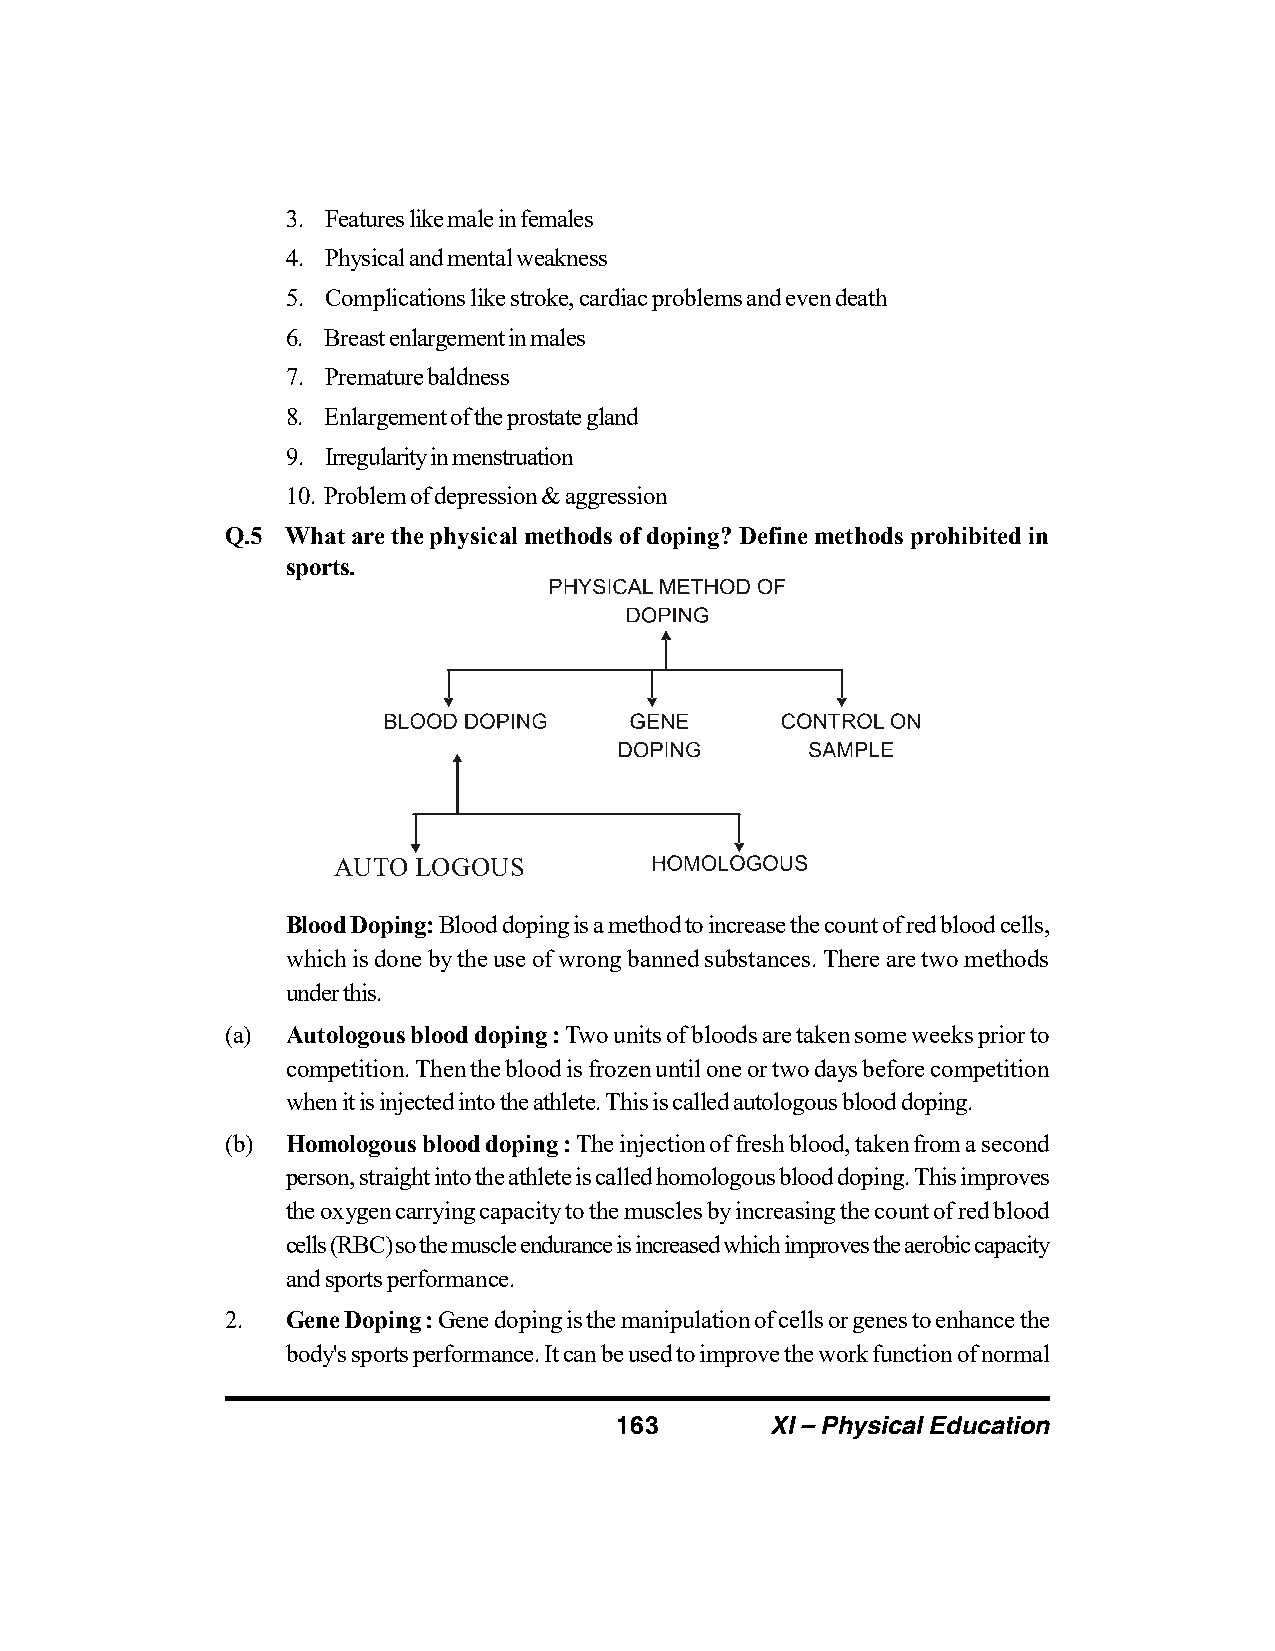
3. Features like male in females
 4. Physical and mental weakness
 5. Complications like stroke, cardiac problems and even death
 6. Breast enlargement in males
 7. Premature baldness
 8. Enlargement of the prostate gland
 9. Irregularity in menstruation
 10. Problem of depression & aggression
 Q.5 What are the physical methods of doping? Define methods prohibited in
 sports.
 AUTO  LOGOUS
 Blood Doping: Blood doping is a method to increase the count of red blood cells,
 which is done by the use of wrong banned substances. There are two methods
 under this.
 (a) Autologous blood doping : Two units of bloods are taken some weeks prior to
 competition. Then the blood is frozen until one or two days before competition
 when it is injected into the athlete. This is called autologous blood doping.
 (b) Homologous blood doping : The injection of fresh blood, taken from a second
 person, straight into the athlete is called homologous blood doping. This improves
 the oxygen carrying capacity to the muscles by increasing the count of red blood
 cells (RBC) so the muscle endurance is increased which improves the aerobic capacity
 and sports performance.
 2.  Gene Doping : Gene doping is the manipulation of cells or genes to enhance the
 body's sports performance. It can be used to improve the work function of normal
 163       XI – Physical Education